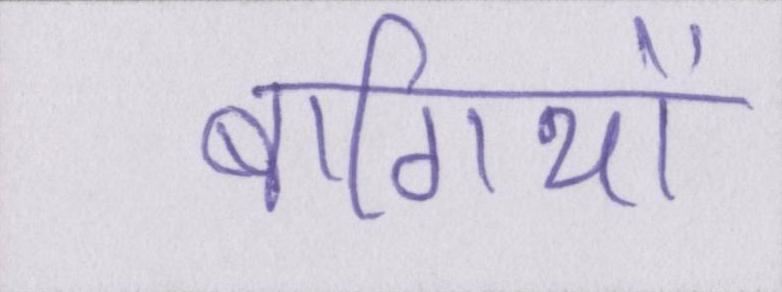
बागियों